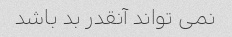
نمی تواند آنقدر بد باشد